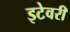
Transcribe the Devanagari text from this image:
इटेवरीं